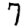
Digit: 7